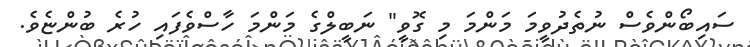
ސައިބޯންވެސް ނުތެދުވީމަ މަންމަ މި ގޮވީ" ނަބީލްގެ މަންމަ ހާސްވެފައި ހުރެ ބުންޏެވެ.